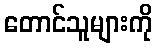
တောင်သူများကို